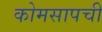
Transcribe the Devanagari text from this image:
कोमसापची